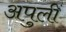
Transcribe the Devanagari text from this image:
अपुलीं